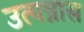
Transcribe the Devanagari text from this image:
उत्पन्नास